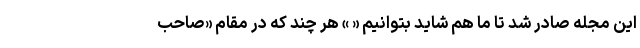
این مجله صادر شد تا ما هم شاید بتوانیم « » هر چند که در مقام «صاحب